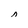
Character: n